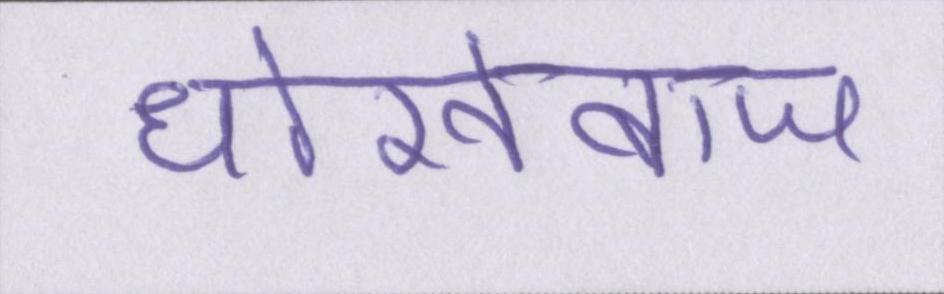
धोखेबाज